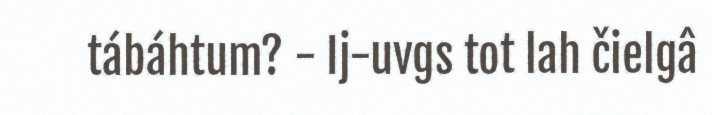
tábáhtum? - Ij-uvgs tot lah čielgâ